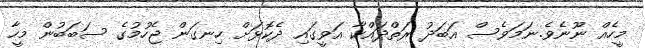
މީހެއް ނޫނެވެ.ނަމަވެސް އަބަދު ރަތްދައްކާ އަވީގައި ދެކޮޅަށް ހިނގަން ޖެހުމުގެ ސަބަބުން މީހާ